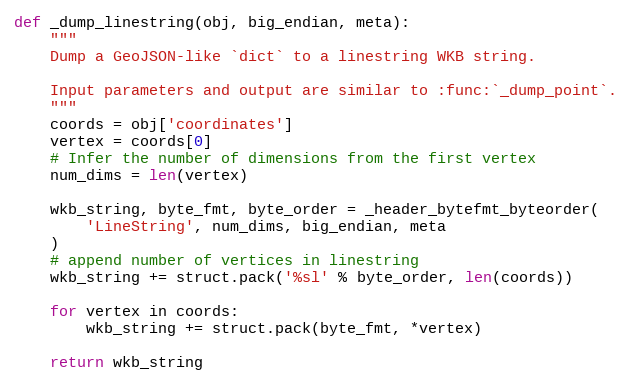
Language: Python
def _dump_linestring(obj, big_endian, meta):
    """
    Dump a GeoJSON-like `dict` to a linestring WKB string.

    Input parameters and output are similar to :func:`_dump_point`.
    """
    coords = obj['coordinates']
    vertex = coords[0]
    # Infer the number of dimensions from the first vertex
    num_dims = len(vertex)

    wkb_string, byte_fmt, byte_order = _header_bytefmt_byteorder(
        'LineString', num_dims, big_endian, meta
    )
    # append number of vertices in linestring
    wkb_string += struct.pack('%sl' % byte_order, len(coords))

    for vertex in coords:
        wkb_string += struct.pack(byte_fmt, *vertex)

    return wkb_string